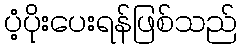
ပံ့ပိုးပေးရန်ဖြစ်သည်